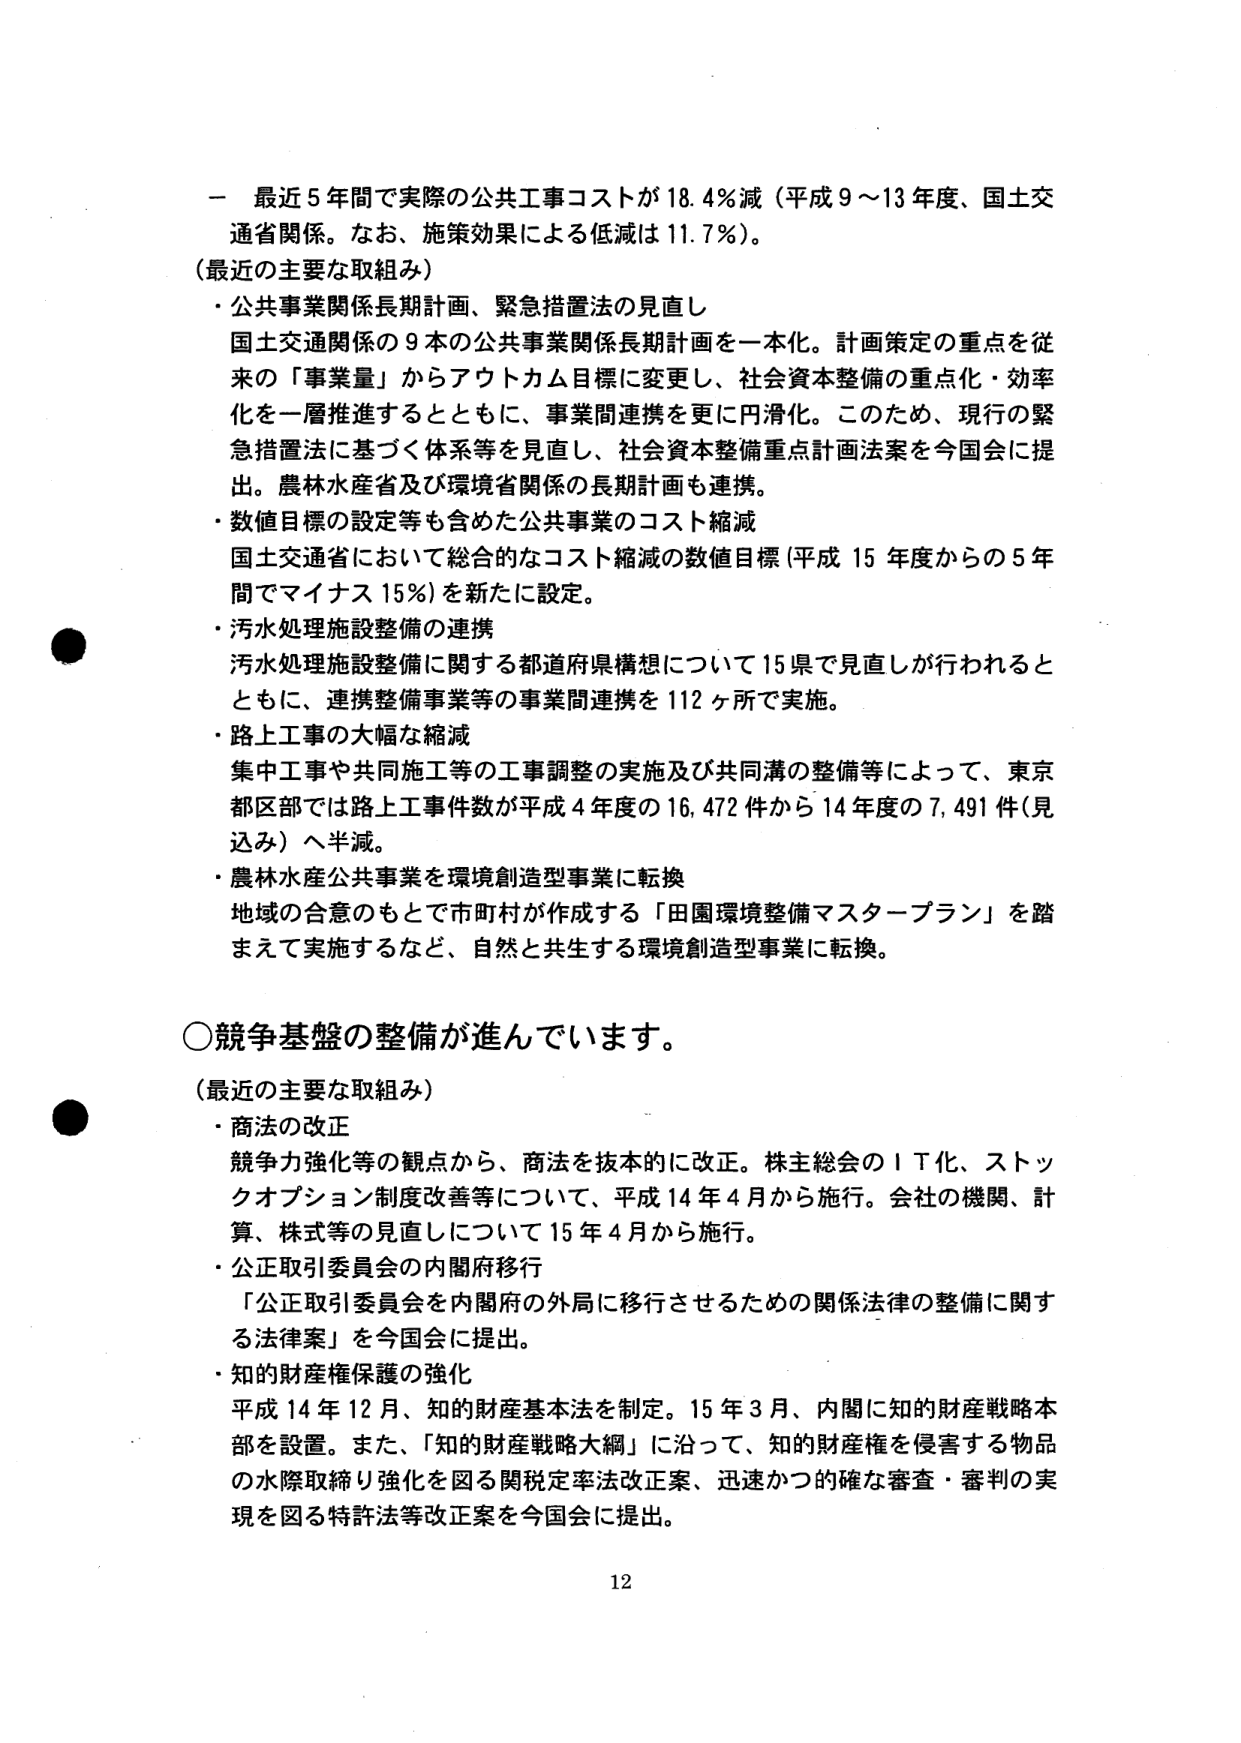
一 最近５年間で実際の公共工事コストが18.4％減（平成9～13年度、国土交通省関係。なお、施策効果による低減は11.7％）。

（最近の主要な取組み）
・公共事業関係長期計画、緊急措置法の見直し
国土交通関係の９本の公共事業関係長期計画を一本化。計画策定の重点を従来の「事業量」からアウトカム目標に変更し、社会資本整備の重点化・効率化を一層推進するとともに、事業間連携を更に円滑化。このため、現行の緊急措置法に基づく体系等を見直し、社会資本整備重点計画法案を今国会に提出。農林水産省及び環境省関係の長期計画も連携。
・数値目標の設定等も含めた公共事業のコスト縮減
国土交通省において総合的なコスト縮減の数値目標（平成15年度からの5年間でマイナス15％）を新たに設定。
・汚水処理施設整備の連携
汚水処理施設整備に関する都道府県構想について15県で見直しが行われるとともに、連携整備事業等の事業間連携を112ヶ所で実施。
・路上工事の大幅な縮減
集中工事や共同施工等の工事調整の実施及び共同溝の整備等によって、東京都区部では路上工事件数が平成4年度の16,472件から14年度の7,491件（見込み）へ半減。
・農林水産公共事業を環境創造型事業に転換
地域の合意のもとで市町村が作成する「田園環境整備マスタープラン」を踏まえて実施するなど、自然と共生する環境創造型事業に転換。

○競争基盤の整備が進んでいます。

（最近の主要な取組み）
・商法の改正
競争力強化等の観点から、商法を抜本的に改正。株主総会のＩＴ化、ストックオプション制度改善等について、平成14年4月から施行。会社の機関、計算、株式等の見直しについて15年4月から施行。
・公正取引委員会の内閣府移行
「公正取引委員会を内閣府の外局に移行させるための関係法律の整備に関する法律案」を今国会に提出。
・知的財産権保護の強化
平成14年12月、知的財産基本法を制定。15年3月、内閣に知的財産戦略本部を設置。また、「知的財産戦略大綱」に沿って、知的財産権を侵害する物品の水際取締り強化を図る関税定率法改正案、迅速かつ的確な審査・審判の実現を図る特許法等改正案を今国会に提出。

12